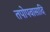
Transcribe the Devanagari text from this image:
तपोपवासादि